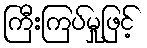
ကြီးကြပ်မှုဖြင့်